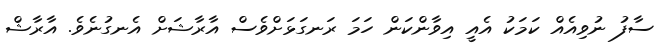
ސާފު ނުވިއެއް ކަމަކު އެއީ އިވާންކަން ހަމަ ރަނގަޅަށްވެސް އާރާޝަށް އެނގުނެވެ. އާރާޝް